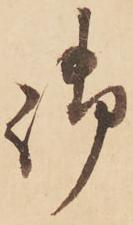
御